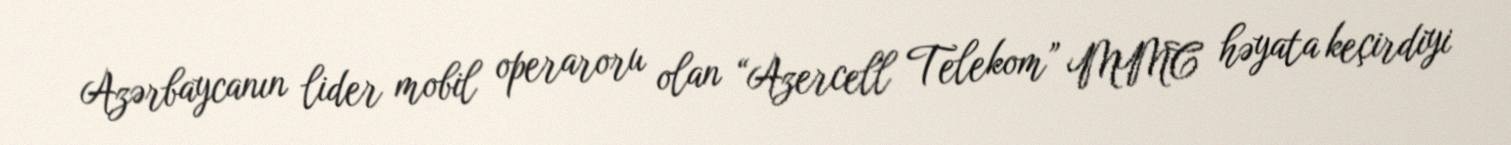
Azərbaycanın lider mobil operaroru olan “Azercell Telekom” MMC həyata keçirdiyi